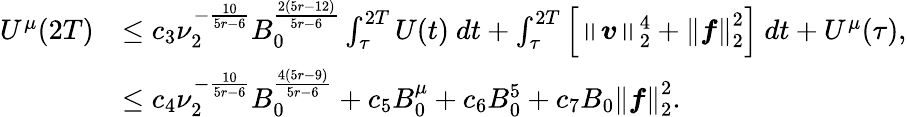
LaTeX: \begin{array}{rl}{U^{\mu}(2T)}&{\leq c_{3}\nu_{2}^{-\frac{10}{5r-6}}B_{0}^{\frac{2(5r-12)}{5r-6}}\int_{\tau}^{2T}U(t)\ dt+\int_{\tau}^{2T}\left[\left\lVert\boldsymbol{v}\right\rVert_{2}^{4}+\left\lVert\boldsymbol{f}\right\rVert_{2}^{2}\right]\ dt+U^{\mu}(\tau),}\\ &{\leq c_{4}\nu_{2}^{-\frac{10}{5r-6}}B_{0}^{\frac{4(5r-9)}{5r-6}}+c_{5}B_{0}^{\mu}+c_{6}B_{0}^{5}+c_{7}B_{0}\left\lVert\boldsymbol{f}\right\rVert_{2}^{2}.}\end{array}